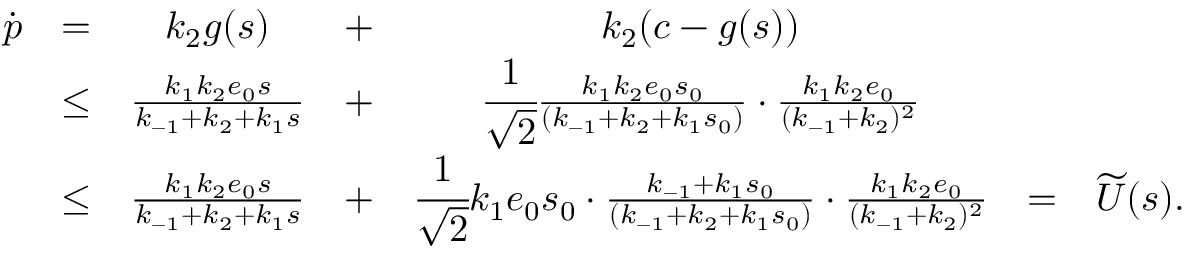
\begin{array} { r c c c c c l } { \dot { p } } & { = } & { k _ { 2 } g ( s ) } & { + } & { k _ { 2 } ( c - g ( s ) ) } & & \\ & { \leq } & { \frac { k _ { 1 } k _ { 2 } e _ { 0 } s } { k _ { - 1 } + k _ { 2 } + k _ { 1 } s } } & { + } & { \cfrac { 1 } { \sqrt 2 } \frac { k _ { 1 } k _ { 2 } e _ { 0 } s _ { 0 } } { ( k _ { - 1 } + k _ { 2 } + k _ { 1 } s _ { 0 } ) } \cdot \frac { k _ { 1 } k _ { 2 } e _ { 0 } } { ( k _ { - 1 } + k _ { 2 } ) ^ { 2 } } } & & \\ & { \leq } & { \frac { k _ { 1 } k _ { 2 } e _ { 0 } s } { k _ { - 1 } + k _ { 2 } + k _ { 1 } s } } & { + } & { \cfrac { 1 } { \sqrt 2 } k _ { 1 } e _ { 0 } s _ { 0 } \cdot \frac { k _ { - 1 } + k _ { 1 } s _ { 0 } } { ( k _ { - 1 } + k _ { 2 } + k _ { 1 } s _ { 0 } ) } \cdot \frac { k _ { 1 } k _ { 2 } e _ { 0 } } { ( k _ { - 1 } + k _ { 2 } ) ^ { 2 } } } & { = } & { \widetilde U ( s ) . } \end{array}